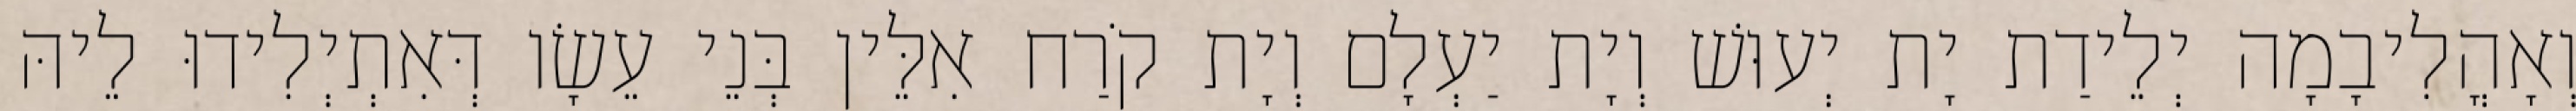
וְאָהֳלִיבָמָה יְלֵידַת יָת יְעוּשׁ וְיָת יַעְלָם וְיָת קֹרַח אִלֵּין בְּנֵי עֵשָׂו דְּאִתְיְלִידוּ לֵיהּ